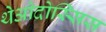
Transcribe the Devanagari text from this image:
थेओदोस्सिस